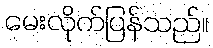
မေးလိုက်ပြန်သည်။